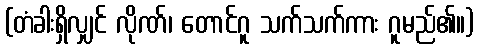
(တံခါးရှိလျှင် လိုဏ်၊ တောင်ဂူ သက်သက်ကား ဂူမည်၏။)